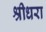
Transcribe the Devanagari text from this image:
श्रीधरा